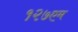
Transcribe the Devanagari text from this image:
१२७एम